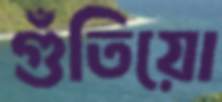
গুঁতিয়ো